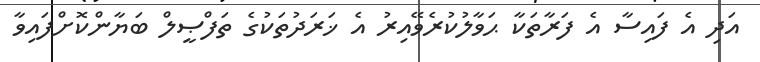
އަދި އެ ފައިސާ އެ ފަރާތަކާ ޙަވާލުކުރެވޭއިރު އެ ޚަރަދުތަކުގެ ތަފްޞީލް ބަޔާންކޮށްފައިވާ